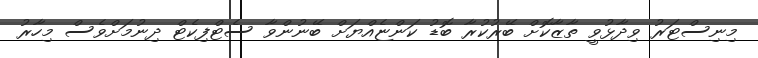
މިނިސްޓަރު ވިދާޅުވީ ތާޒާކޮށް ބޭރުކުރާ ބޮޑު ކަންޏެއްޔަށް ބޭނުންވާ ސެޓްފިކެޓް ދިނުމަށްވެސް މިހާރު